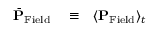
\begin{array} { r l r } { \bar { \bf P } _ { \mathrm { F i e l d } } } & { { } \equiv } & { \langle { \bf P } _ { \mathrm { F i e l d } } \rangle _ { t } } \end{array}